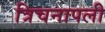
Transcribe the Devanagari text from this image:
त्रिचनापली